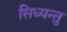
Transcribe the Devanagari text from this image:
सिध्यन्तु